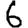
Digit: 6